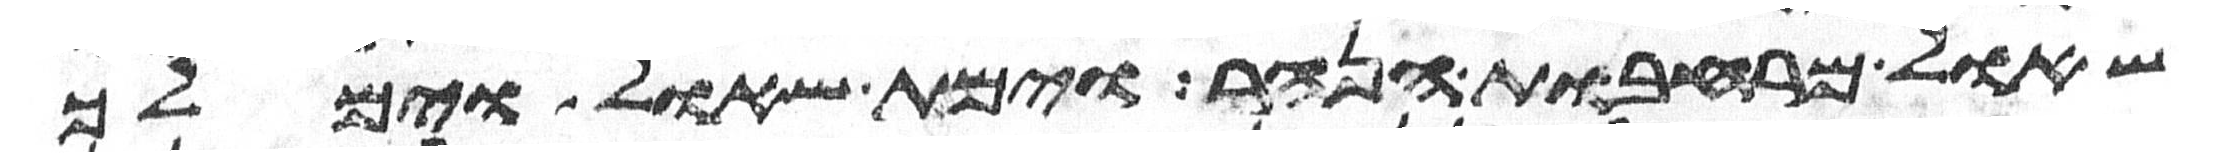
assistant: שאול מרחבות הנהר וימת שאול וימלך